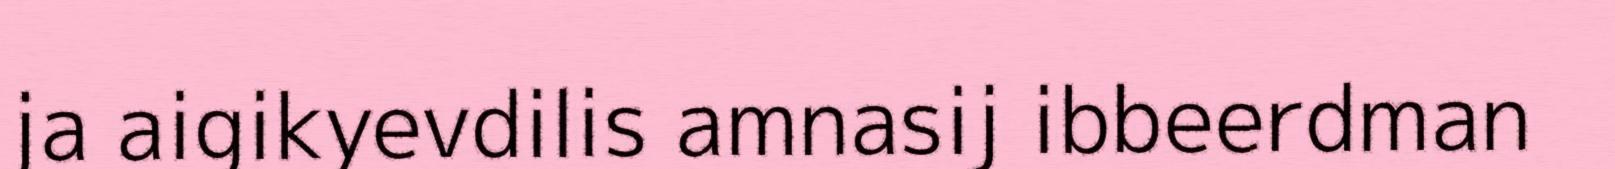
ja aigikyevdilis amnasij ibbeerdman